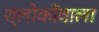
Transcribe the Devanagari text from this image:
श्लोकोंवाला